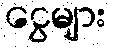
ငွေများ